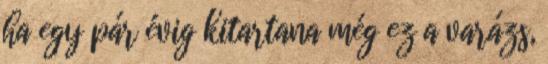
ha egy pár évig kitartana még ez a varázs,